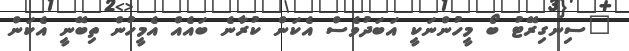
"ސިނގިރޭޓު ބޯ މީހުންނަކީ އަބަދުވެސް އެކަން ކުރާނެ ބައެއް އެމީހުން ތިބޭނީ އެކަން